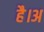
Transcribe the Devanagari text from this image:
है।अ